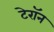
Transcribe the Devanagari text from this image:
टेरॉन